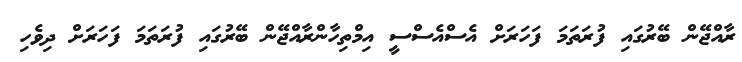
ރާއްޖޭން ބޭރުގައި ފުރަތަމަ ފަހަރަށް އެސްއެސްސީ އިމްތިހާންރާއްޖޭން ބޭރުގައި ފުރަތަމަ ފަހަރަށް ދިވެހި